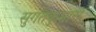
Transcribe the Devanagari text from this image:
सुगतकुमारी